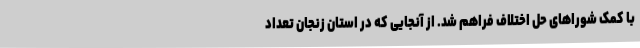
با کمک شوراهای حل اختلاف فراهم شد. از آنجایی که در استان زنجان تعداد